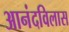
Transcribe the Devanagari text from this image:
आनंदविलास